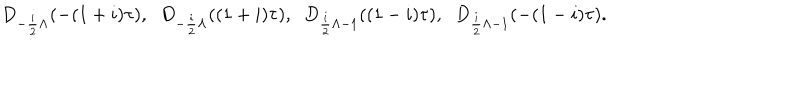
D _ { - \frac { i } { 2 } \Lambda } ( - ( 1 + i ) \tau ) , \; \; D _ { - \frac { i } { 2 } \Lambda } ( ( 1 + i ) \tau ) , \; \; D _ { \frac { i } { 2 } \Lambda - 1 } ( ( 1 - i ) \tau ) , \; \; D _ { \frac { i } { 2 } \Lambda - 1 } ( - ( 1 - i ) \tau ) .